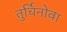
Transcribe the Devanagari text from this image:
तुर्चिनोवा